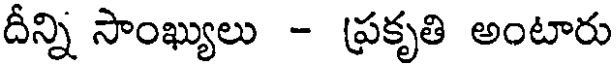
దీన్ని సాంఖ్యులు - ప్రకృతి అంటారు